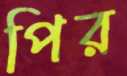
পির